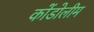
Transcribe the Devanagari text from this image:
कोंडोलीम